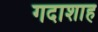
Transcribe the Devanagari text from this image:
गदाशाह